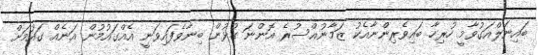
ބައިނަލްއަގުވާމީ ހުރިހާ ބައިވެރިންނާއެކު ޒަމާނުއްސުރެ އޮންނަ ގުޅުން ބިނާވެފައިވަނީ އެއްގައުމުން އަނެއް ގައުމަށް